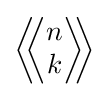
{\bigg \langle }\!\!{\bigg \langle }{\begin{matrix}n\\k\end{matrix}}{\bigg \rangle }\!\!{\bigg \rangle }